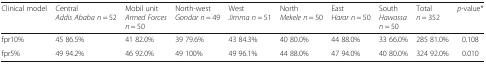
<table><thead><tr><td><b>Clinical model</b></td><td><b>Central<i>Addis Ababa n</i> = 52</b></td><td><b>Mobil unit<i>Armed Forces</i><i>n</i> = 50</b></td><td><b>North-west<i>Gondar n</i> = 49</b></td><td><b>West<i>Jimma n</i> = 51</b></td><td><b>North<i>Mekele n</i> = 50</b></td><td><b>East<i>Harar n</i> = 50</b></td><td><b>South<i>Hawassa</i><i>n</i> = 50</b></td><td><b>Total<i>n</i> = 352</b></td><td><b><i>p</i>-value*</b></td></tr></thead><tbody><tr><td>fpr10%</td><td>45 86.5%</td><td>41 82.0%</td><td>39 79.6%</td><td>43 84.3%</td><td>40 80.0%</td><td>44 88.0%</td><td>33 66.0%</td><td>285 81.0%</td><td>0.108</td></tr><tr><td>fpr5%</td><td>49 94.2%</td><td>46 92.0%</td><td>49 100%</td><td>49 96.1%</td><td>44 88.0%</td><td>47 94.0%</td><td>40 80.0%</td><td>324 92.0%</td><td>0.010</td></tr></tbody></table>